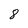
Character: 8